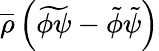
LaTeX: {\overline{{\rho}}}\left({\widetilde{\phi\psi}}-{\tilde{\phi}}{\tilde{\psi}}\right)